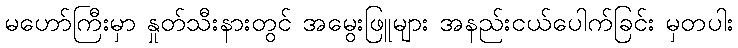
မဟော်ကြီးမှာ နှုတ်သီးနားတွင် အမွေးဖြူများ အနည်းငယ်ပေါက်ခြင်း မှတပါး